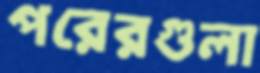
পরেরগুলা